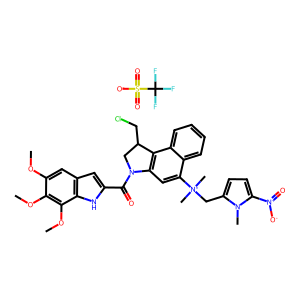
SMILES: COc1cc2cc(C(=O)N3CC(CCl)c4c3cc([N+](C)(C)Cc3ccc([N+](=O)[O-])n3C)c3ccccc43)[nH]c2c(OC)c1OC.O=S(=O)([O-])C(F)(F)F
Inhibits HIV replication: No